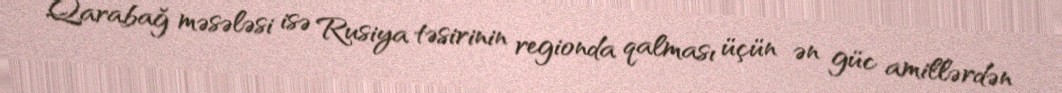
Qarabağ məsələsi isə Rusiya təsirinin regionda qalması üçün ən güc amillərdən